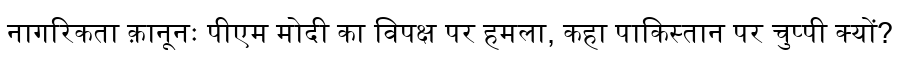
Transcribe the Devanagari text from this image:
नागरिकता क़ानूनः पीएम मोदी का विपक्ष पर हमला, कहा पाकिस्तान पर चुप्पी क्यों?